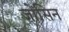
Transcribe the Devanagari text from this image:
जोंसिन